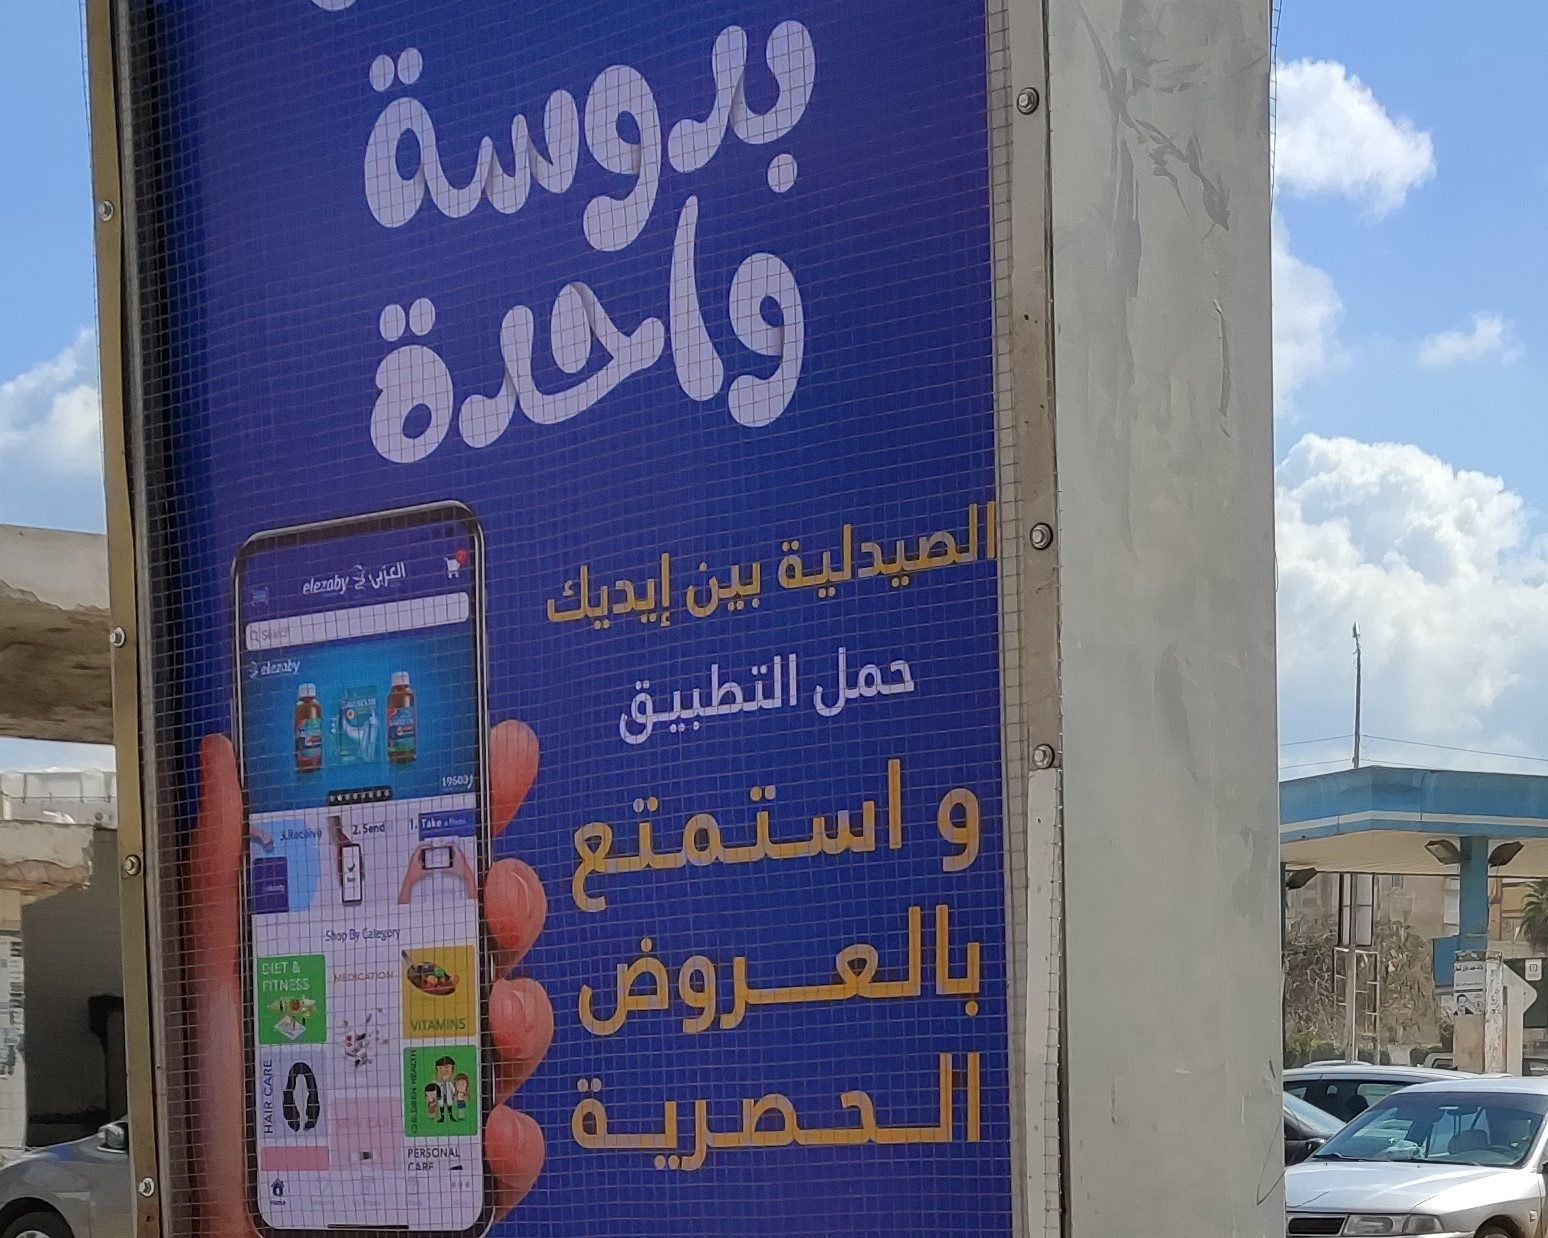
Text in image: بدوسة واحدة الصيدلية بين إيديك حمل التطبيق و استمتع بالعروض الحصرية